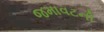
જમાવટની